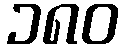
၁၈၀